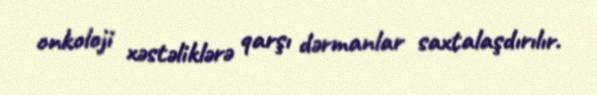
onkoloji xəstəliklərə qarşı dərmanlar saxtalaşdırılır.